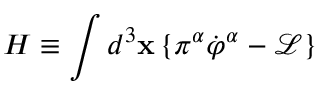
H \equiv \int d ^ { 3 } \mathbf { x \, \{ } \pi ^ { \alpha } \dot { \varphi } ^ { \alpha } - \mathcal { L \} }